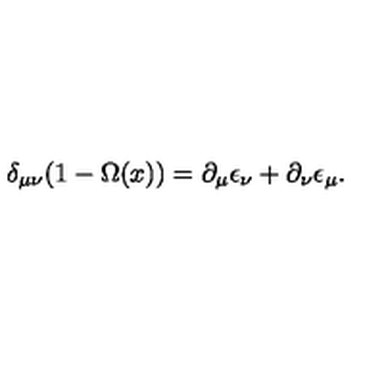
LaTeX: \delta _ { \mu \nu } ( 1 - \Omega ( x ) ) = \partial _ { \mu } \epsilon _ { \nu } + \partial _ { \nu } \epsilon _ { \mu } .